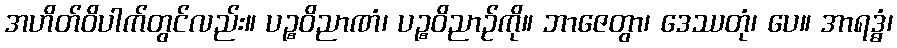
အဟိတ်ဝိပါက်တွင်လည်း။ ပဉ္စဝိညာဏံ၊ ပဉ္စဝိညာဉ်ကို။ ဘာဇေတွာ၊ ဒေဿတုံ၊ ပေ။ အာရဒ္ဓံ၊